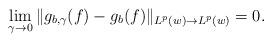
LaTeX: \begin{align*}\lim_{\gamma\rightarrow 0}\|g_{b,\gamma}(f)-g_b(f)\|_{L^p(w)\rightarrow L^p(w)}=0.\end{align*}